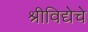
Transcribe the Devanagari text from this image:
श्रीविद्येचे